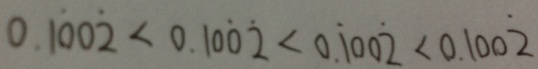
0 . 1 \dot { 0 } 0 \dot { 2 } < 0 . 1 0 \dot { 0 } \dot { 2 } < 0 . \dot { 1 } 0 0 \dot { 2 } < 0 . 1 0 0 \dot { 2 }